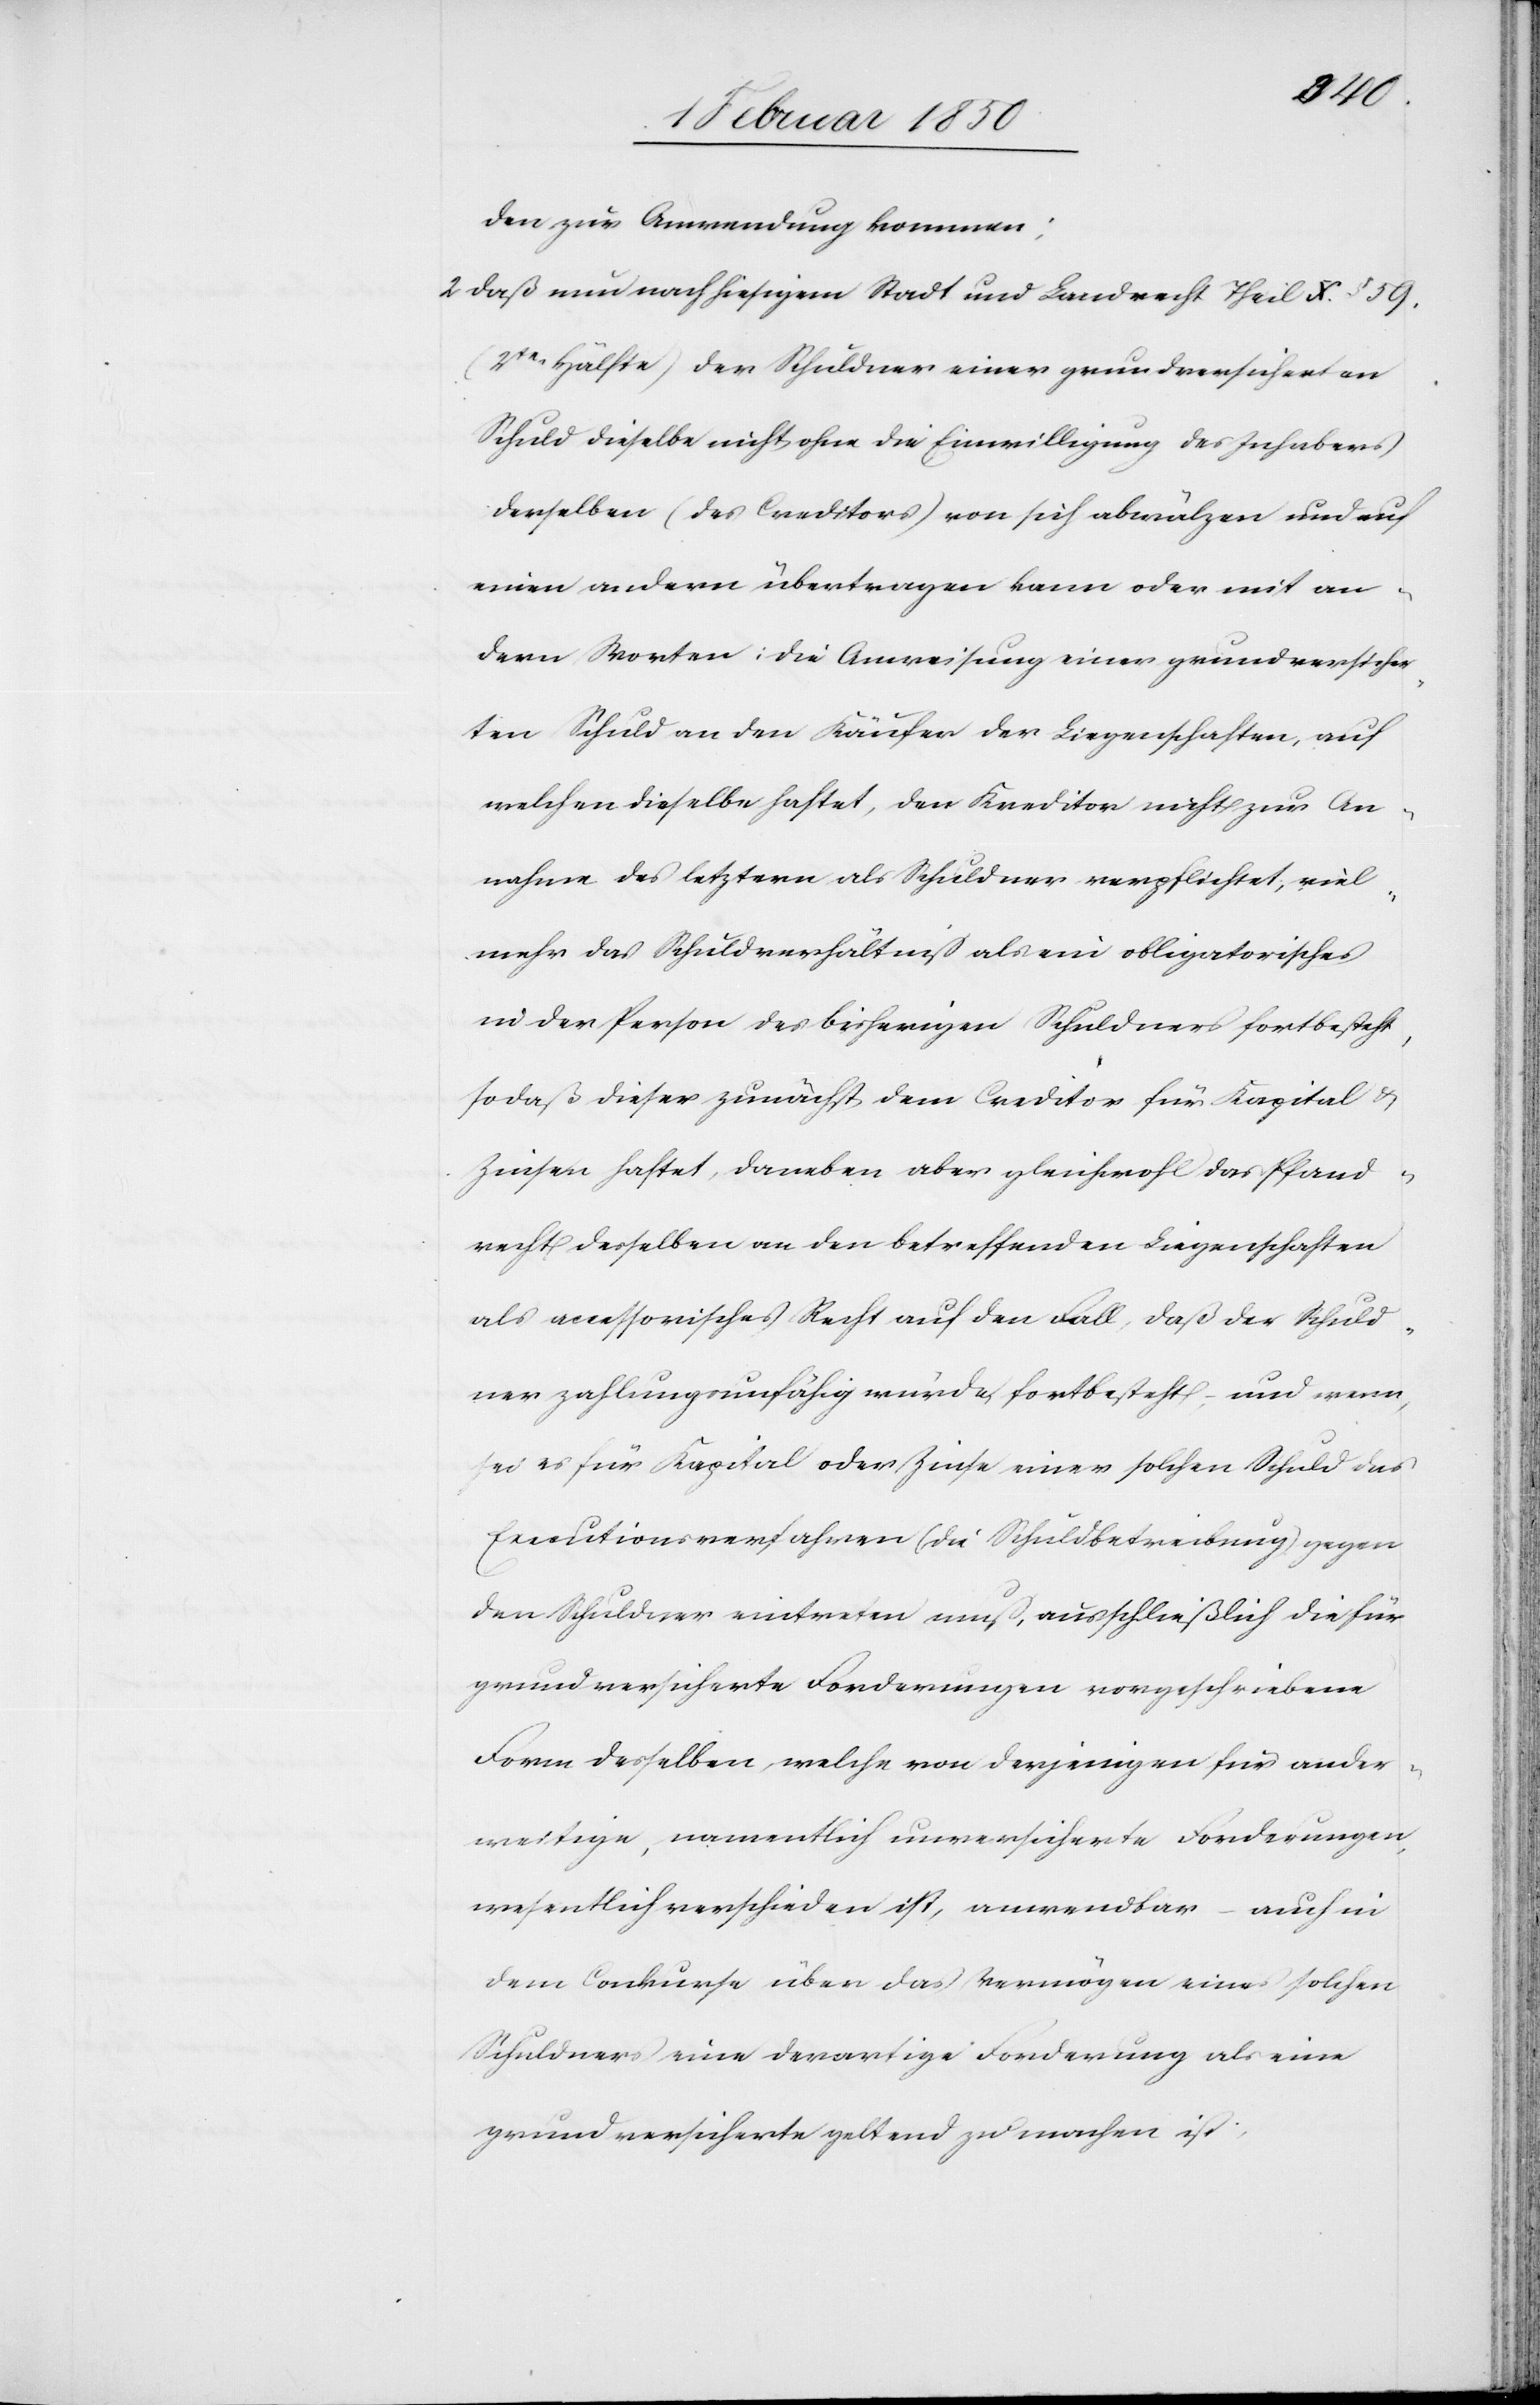
recht
den zur Anwendung kommen;
2. Daß nun nach hiesigem Stadt[-] und Landrecht Theil X. § 59.
(2te Hälfte) der Schuldner einer grundversicherten
Schuld dieselbe nicht ohne die Einwilligung des Inhabers
derselben (des Creditors) von sich abwälzen und auf
einen andern übertragen kann oder mit an¬
dern Worten: Die Anweisung einer grundversicher¬
ten Schuld an den Käufer der Liegenschaften, auf
welchen dieselbe haftet, den Kreditor nicht zur An¬
nahme des letztern als Schuldner verpflichtet, viel¬
mehr das Schuldverhältniß als ein obligatorisches
in der Person des bisherigen Schuldners fortbesteht,
sodaß dieser zunächst dem Creditor für Kapital u.
Zinsen haftet, daneben aber gleichwohl das Pfand¬
als accessorisches Recht auf den Fall, daß der Schuld¬
ner zahlungsunfähig würde, fortbesteht, und wenn,
sei es für Kapital oder Zinse einer solchen Schuld das
Executionsverfahren (die Schuldbetreibung) gegen
den Schuldner eintreten muß, ausschließlich die für
grundversicherte Forderungen vorgeschriebene
Form desselben, welche von derjenigen für ander¬
weitige, namentlich unversicherte Forderungen,
wesentlich verschieden ist, anwendbar – auch in
dem Conkurse über das Vermögen eines solchen
Schuldners eine derartige Forderung als eine
grundversicherte geltend zu machen ist.